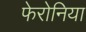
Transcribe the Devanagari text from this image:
फेरोनिया